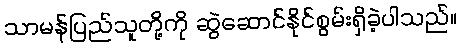
သာမန်ပြည်သူတို့ကို ဆွဲဆောင်နိုင်စွမ်းရှိခဲ့ပါသည်။